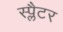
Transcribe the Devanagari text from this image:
स्प्लैटर